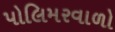
પોલિમરવાળો